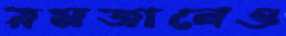
রমজানেও